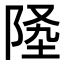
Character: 𨹡